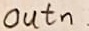
Text: outn